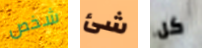
شخص شئ كل